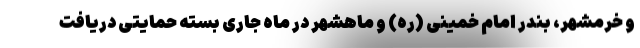
و خرمشهر، بندر امام خمینی (ره) و ماهشهر در ماه جاری بسته حمایتی دریافت